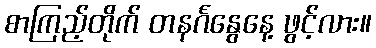
စာကြည့်တိုက် တနင်္ဂနွေနေ့ ဖွင့်လား။